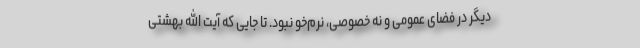
دیگر در فضای عمومی و نه خصوصی، نرم‌خو نبود. تا جایی که آیت الله بهشتی